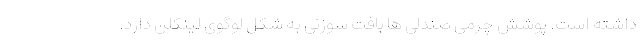
داشته است. پوشش چرمی صندلی ها بافت سوزنی به شکل لوگوی لینکلن دارد.